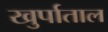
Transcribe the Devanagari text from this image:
खुर्पाताल